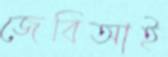
জেবিআই